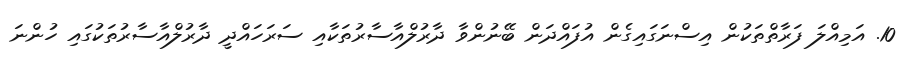
10. އަމިއްލަ ފަރާތްތަކުން އިސްނަގައިގެން އުފައްދަން ބޭނުންވާ ދާރުލްއާސާރުތަކާއި ސަރަހައްދީ ދާރުލްއާސާރުތަކުގައި ހުންނަ